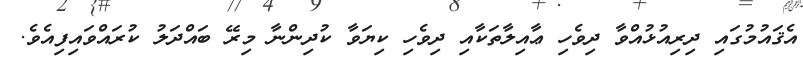
އެޤައުމުގައި ދިރިއުޅުއްވާ ދިވެހި ޢާއިލާތަކާއި ދިވެހި ކިޔަވާ ކުދިންނާ މިރޭ ބައްދަލު ކުރައްވައިފިއެވެ.